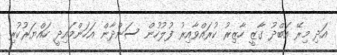
އަދި މިރޭ އަބްދު ގާޒީ ހާޒިރު ކުރައްވާއިރު ފުލުހުން ސަންދާން އަހަންމައިދީ ހައްޔަރުކުރި